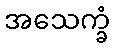
အသေက္ခံ